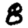
Digit: 8